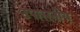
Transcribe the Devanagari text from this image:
उपासनीय